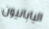
اليابانيون